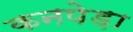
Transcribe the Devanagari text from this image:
कनपेड़ा